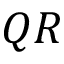
Q R